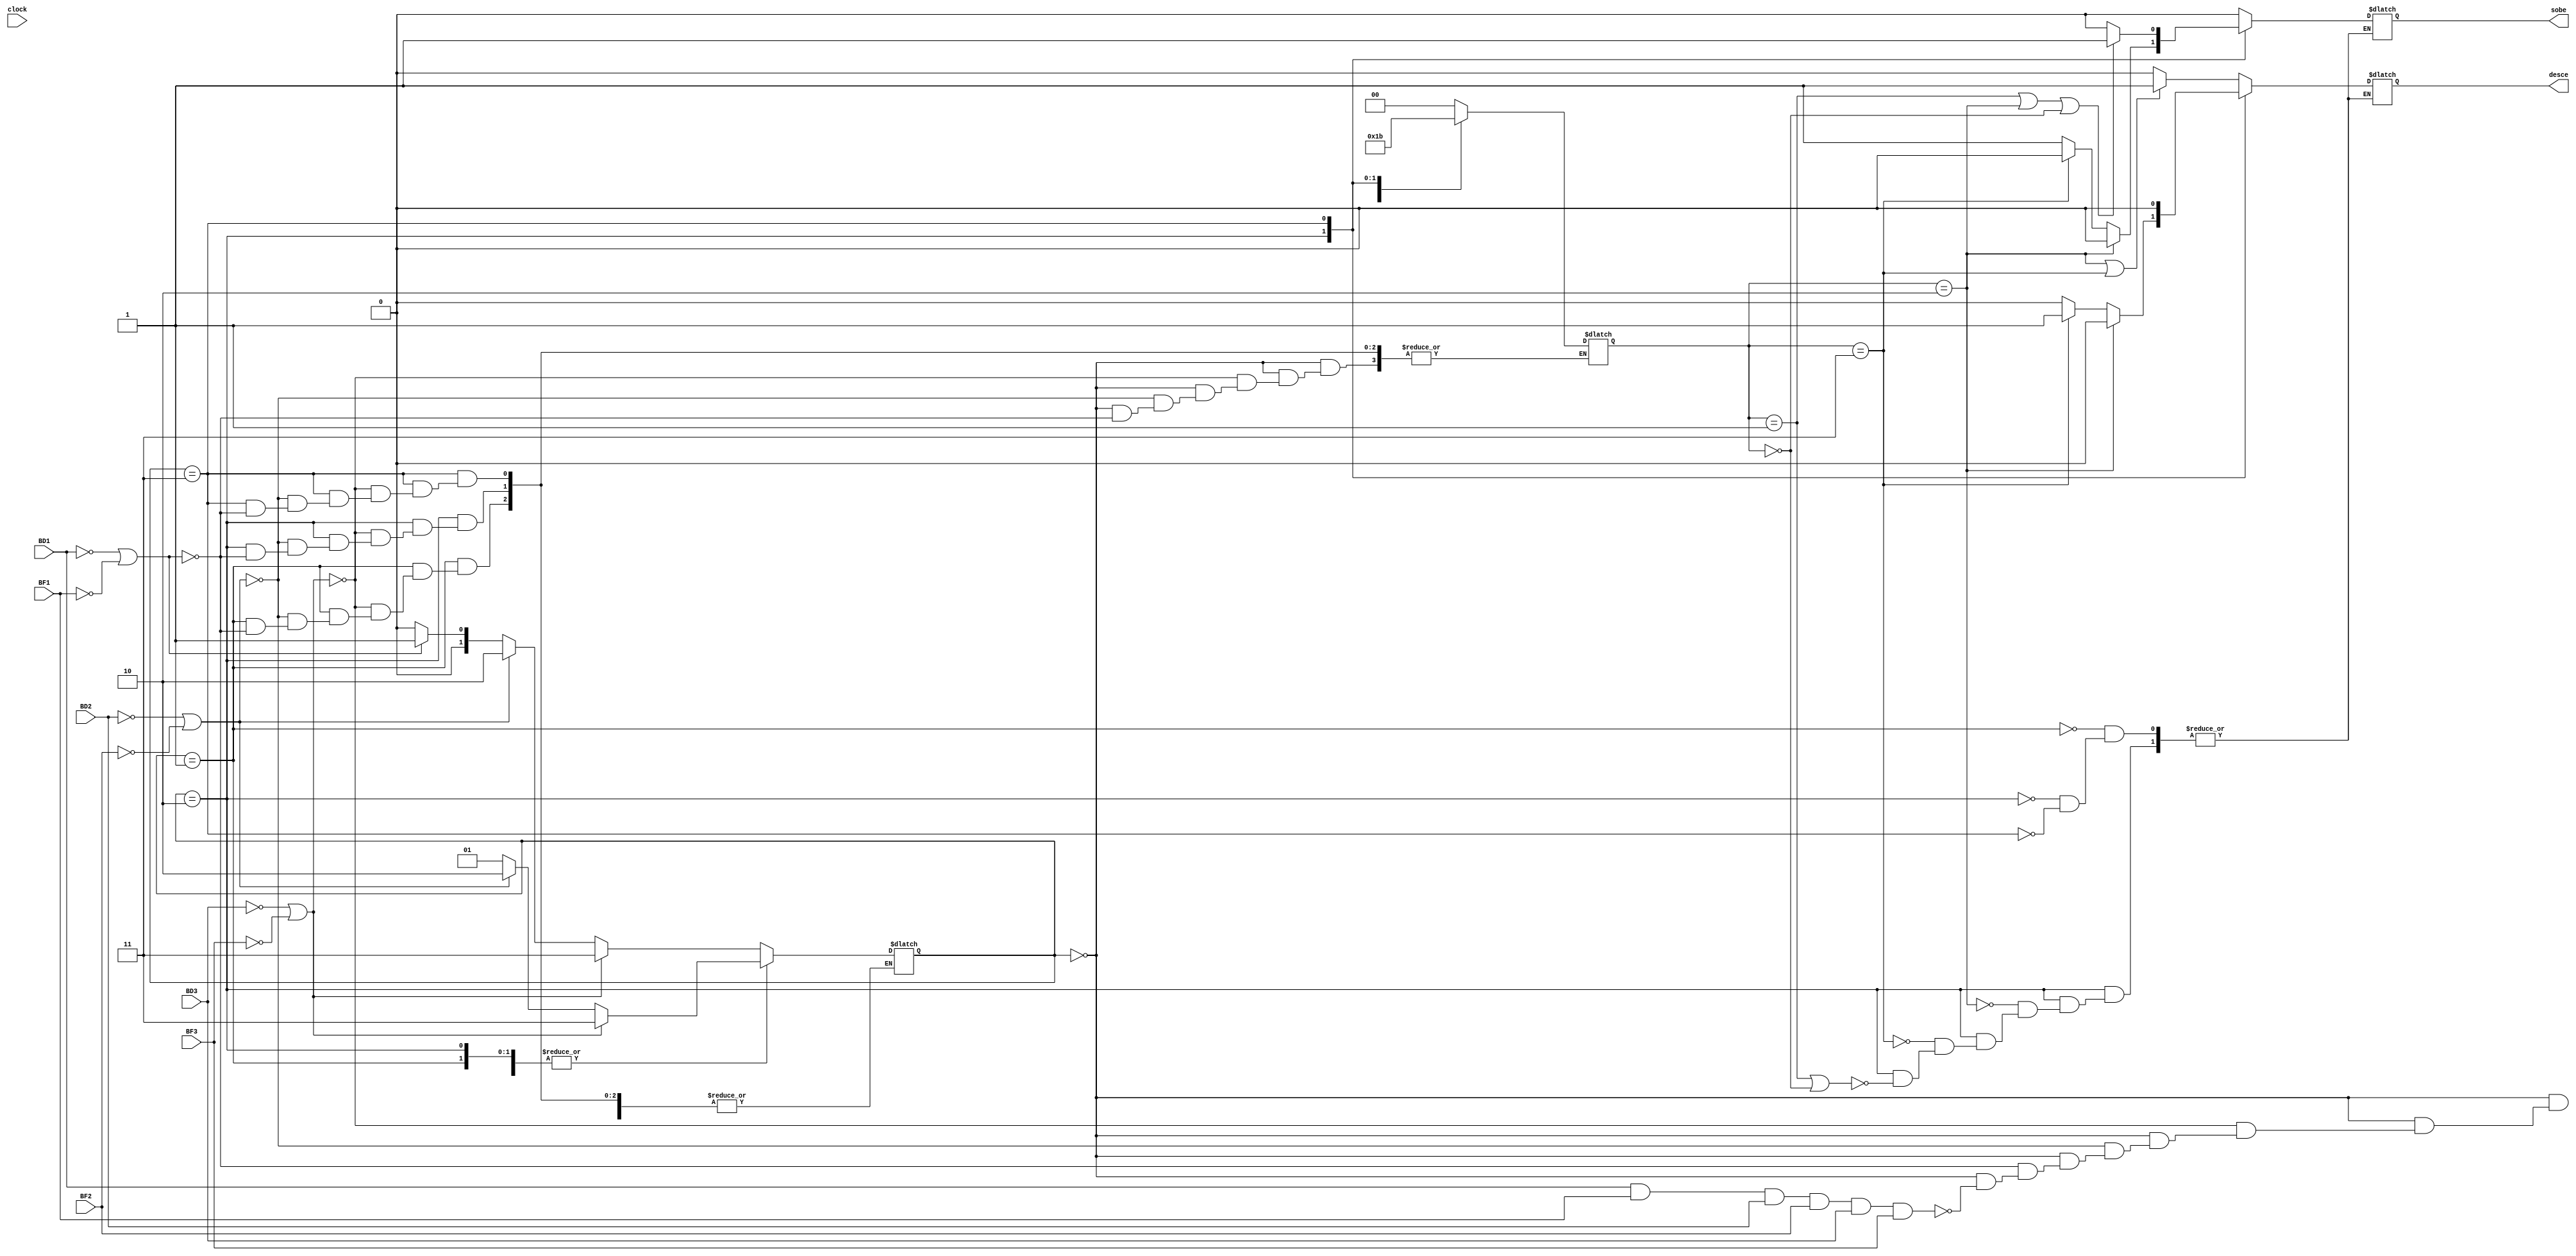
module Elevador(
input BD1, BF1, BD2, BF2, BD3, BF3,clock, 
output reg sobe, desce);



reg [1:0] state_now, state_b4;

parameter Hold = 0,S1 = 1, S2 = 2, S3 = 3;

always@(*) begin
 	case(state_now)	
		S1: begin
			if(state_b4 == S2||state_b4 == S3) begin
				sobe = 0;
				desce = 1;
				end	
			else begin
				sobe = 0;
				desce = 0;
				end	
			end	
		S2: begin
			if(state_b4 == S1 || state_b4 == Hold)begin
				sobe = 1;
				desce = 0;
				end
			if(state_b4 == S3)begin
				sobe = 0;
				desce = 1;			
			    end
			 if(state_b4 == S2)begin
				sobe = 0;
				desce = 0;
				end
			end
		S3: begin
			if(state_b4 == S1 || state_b4 == S2 || state_b4 == Hold)begin
				sobe = 1;
				desce = 0;
				end
			else begin 
				sobe = 0;
				desce = 0;
				end
			end	
		endcase
	end

always@(*) begin
		case(state_now)
			
			Hold:begin
				if((BD1&&BF1&&BD2&&BF2&&BD3&&BF3) == 1)
				state_now = Hold;
				
				if(BD1 == 0 || BF1 == 0)begin
					state_now = S1;
					state_b4 = Hold;
				end
				if(BD2 == 0 || BF2 == 0)begin
					state_now = S2;
					state_b4 = Hold;
				end
				if(BD3 == 0 || BF3 == 0)begin
					state_now = S3;
					state_b4 = Hold;
				end
			end	
			S1: begin
				if(BD1 == 0 || BF1 == 0)begin
					state_now = S1;
					state_b4 = S1;
				end
				if(BD2 == 0 || BF2 == 0)begin
					state_now = S2;
					state_b4 = S1;
				end
				if(BD3 == 0 || BF3 == 0)begin
					state_now = S3;
					state_b4 = S1;
				end
			end	
			S2: begin
				if(BD1 == 0 || BF1 == 0)begin
					state_now = S1;
					state_b4 = S2;
				end
				if(BD2 == 0 || BF2 == 0)begin
					state_now = S2;
					state_b4 = S2;
				end
				if(BD3 == 0 || BF3 == 0)begin
					state_now = S3;
					state_b4 = S2;
				end
			end		
			S3: begin
				if(BD1 == 0 || BF1 == 0)begin
					state_now = S1;
					state_b4 = S3;
				end
				if(BD2 == 0 || BF2 == 0)begin
					state_now = S2;
					state_b4 = S3;
				end
				if(BD3 == 0 || BF3 == 0)begin
					state_now = S3;
					state_b4 = S3;
				end
			end				
	 endcase	
 end 
endmodule